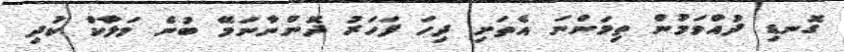
ގޮނޑި ދުއްވަމުން ތިމަންނަ އެތަށި ދިހަ ފަހަރު ދޮންނާނަމޭ ބުނެ މަލާކް ކުދި